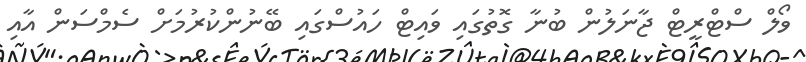
ވޯލް ސްޓްރީޓް ޖާނަލުން ބުނާ ގޮތުގައި ވައިޓް ހައުސްގައި ބޭނުންކުރުމަށް ސެމްސަން އާއި